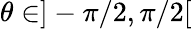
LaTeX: \theta\in]-\pi/2,\pi/2[